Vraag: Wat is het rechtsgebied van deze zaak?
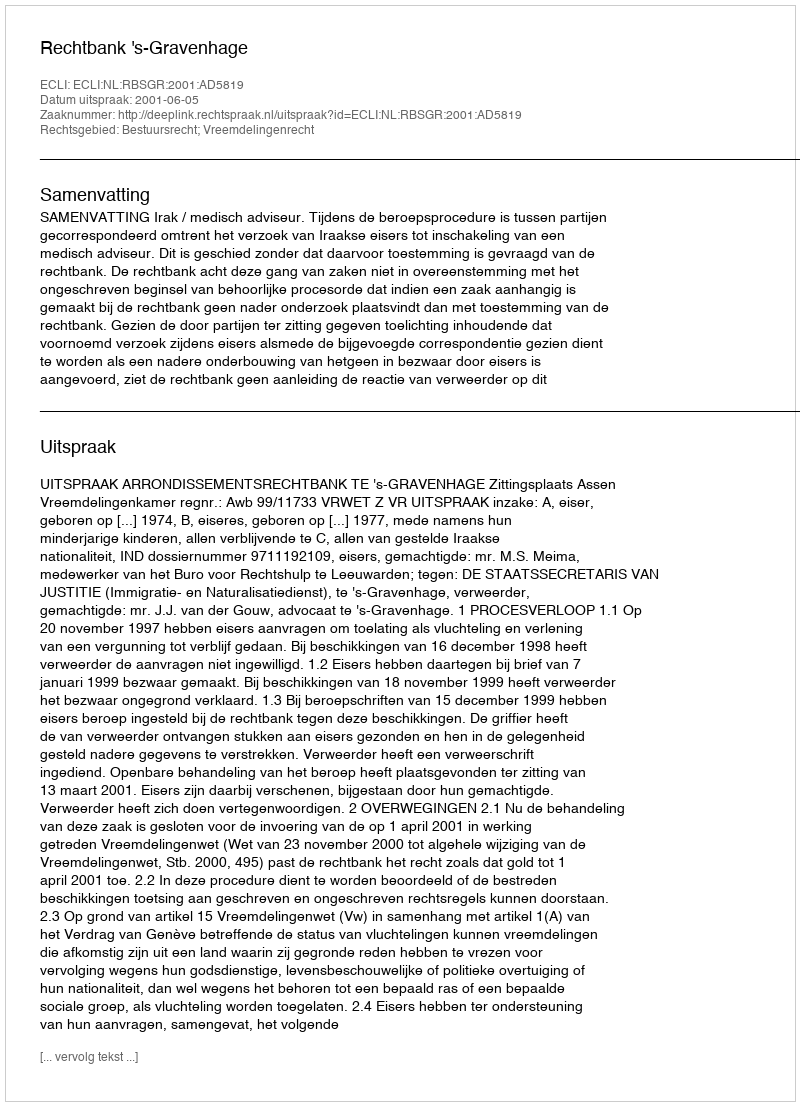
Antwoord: Bestuursrecht; Vreemdelingenrecht